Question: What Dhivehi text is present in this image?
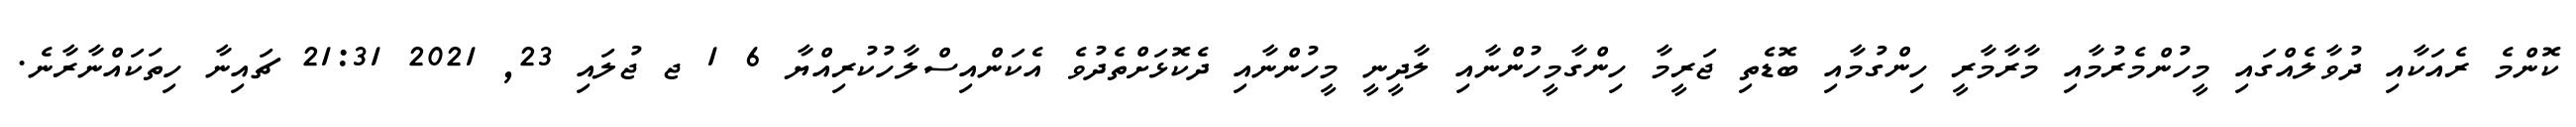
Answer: ކޮންމެ ރެއަކާއި ދުވާލެއްގައި މީހުންމެރުމާއި މާރާމާރީ ހިންގުމާއި ބޮޑެތި ޖަރީމާ ހިންގާމީހުންނާއި ލާދީނީ މީހުންނާއި ދެކޮޅަށްތެދުވެ އެކަންއިސްލާހުކުރިއްޔާ 6 1 ޖ ޖުލައި 23, 2021 21:31 ޗައިނާ ހިތަކައްނާރާނެ.